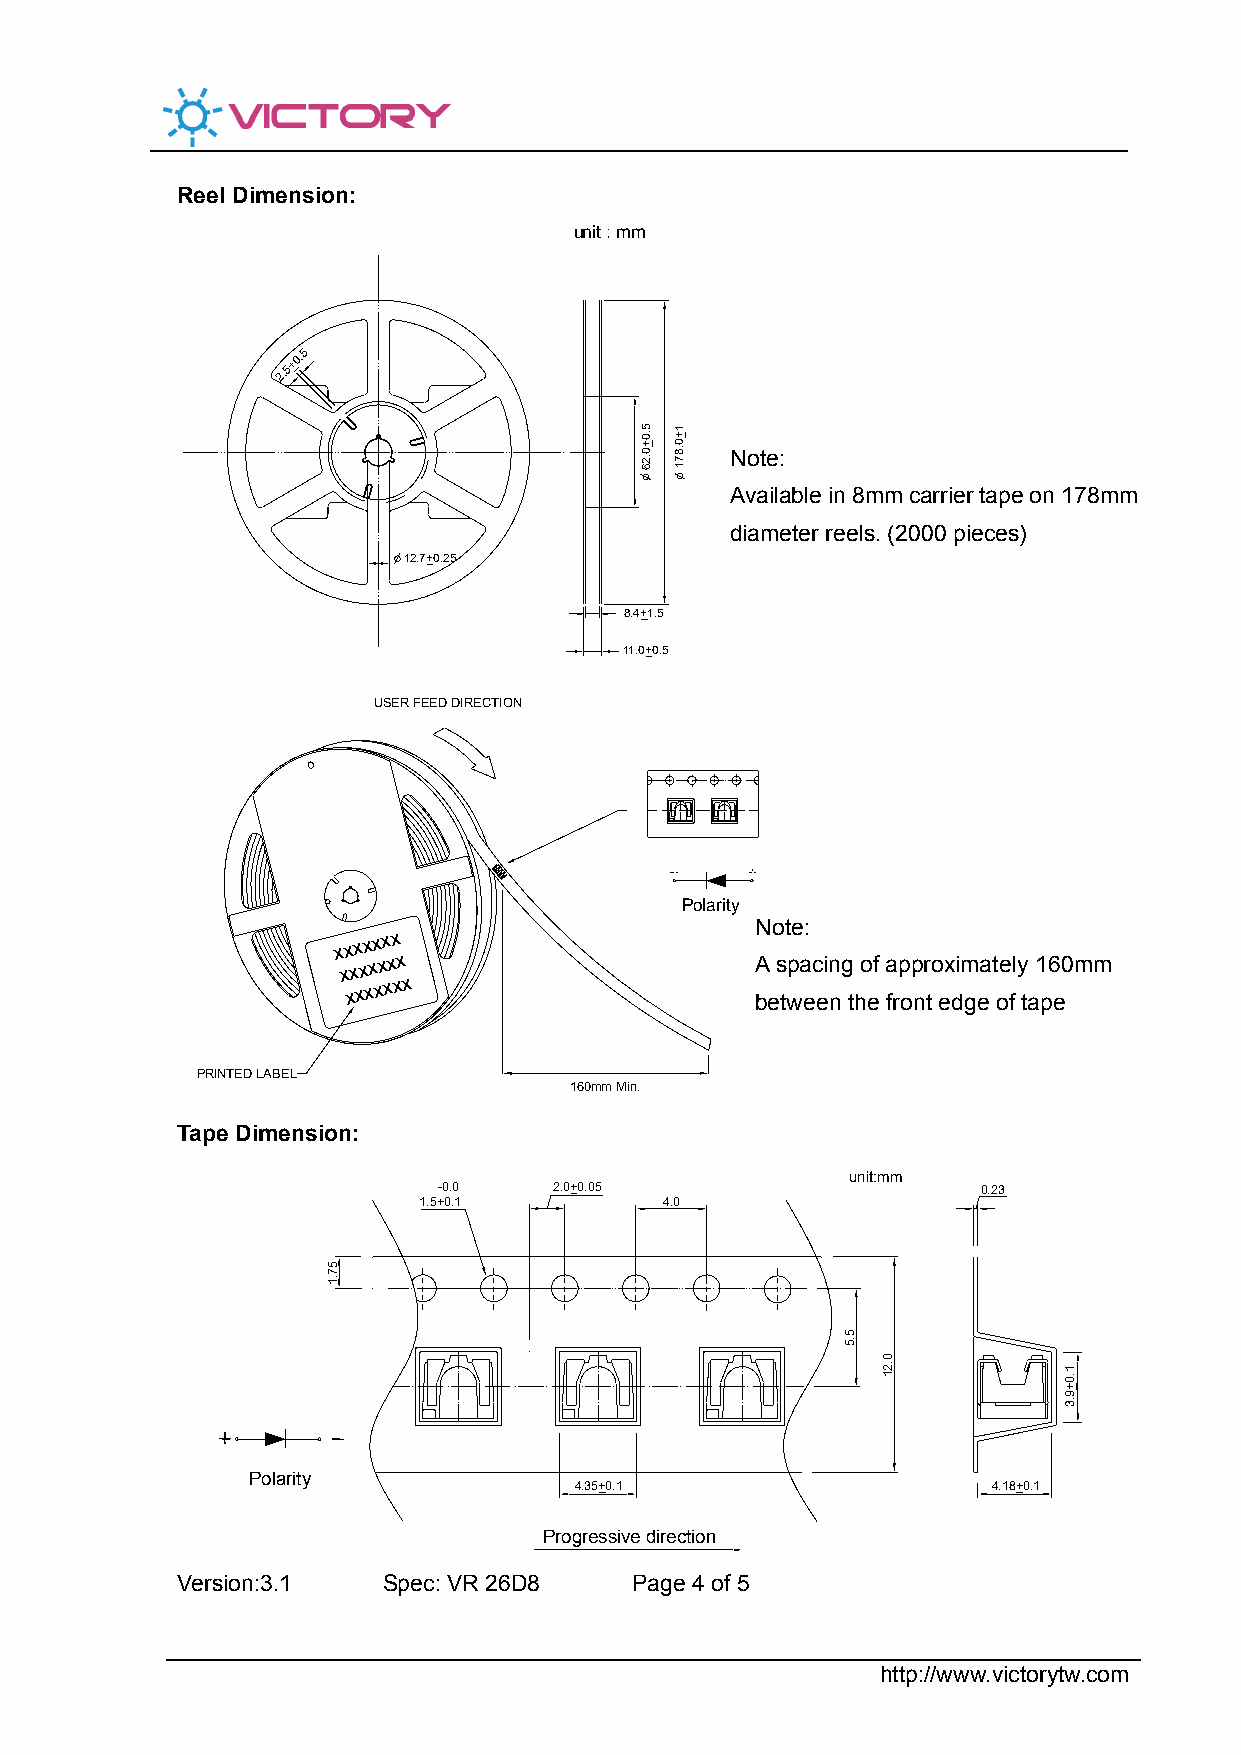
Reel Dimension:
 unit : mm
 2.5+0.5
 Note:
 Available in 8mm carrier tape on 178mm
 diameter reels. (2000 pieces)
 12.7+0.25
 8.4+1.5
 11.0+0.5
 USER FEED DIRECTION
 Polarity
 Note:
 xxxxxxx
 xxxxxxx                    A spacing of approximately 160mm
 xxxxxxx
 between the front edge of tape
 PRINTED LABEL
 160mm Min.
 Tape Dimension:
 unit:mm
 -0.0    2.0+0.05                    0.23
 1.5+0.1         4.0
 Polarity
 4.35+0.1                    4.18+0.1
 Progressive direction
 Version:3.1  Spec: VR 26D8    Page 4 of 5
 http://www.victorytw.com
 57.1
 5.0+0.26 1+0.871
 5.5
 0.21
 1.0+9.3